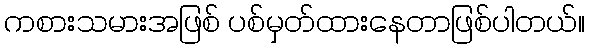
ကစားသမားအဖြစ် ပစ်မှတ်ထားနေတာဖြစ်ပါတယ်။